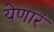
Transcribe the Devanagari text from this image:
येणारं